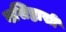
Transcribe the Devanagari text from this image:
वसिष्ठासी